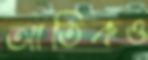
আতিকও